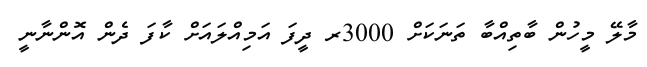
މާލޭ މީހުން ބާތިއްބާ ތަނަކަށް 3000ރ ދީފަ އަމިއްލައަށް ކާފަ ދެން އޮންނާނީ